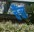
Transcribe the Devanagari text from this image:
चैंचा